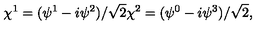
\chi ^ { 1 } = ( \psi ^ { 1 } - i \psi ^ { 2 } ) / \sqrt { 2 } \chi ^ { 2 } = ( \psi ^ { 0 } - i \psi ^ { 3 } ) / \sqrt { 2 } ,